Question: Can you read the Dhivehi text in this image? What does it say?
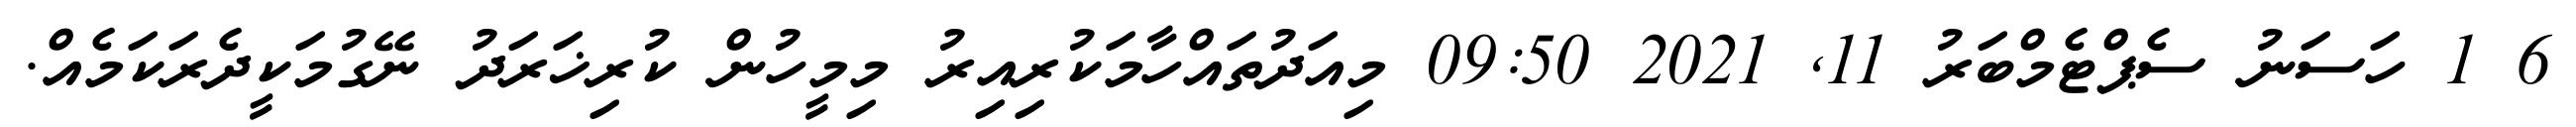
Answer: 6 1 ހަސަނު ސެޕްޓެމްބަރު 11, 2021 09:50 މިއަދުތައްހާމަކުރިއިރު މިމީހުން ކުރިޚަރަދު ނޭގުމަކީދެރަކަމެއް.